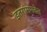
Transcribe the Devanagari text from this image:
इतरांसमवेत